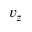
v _ { z }